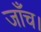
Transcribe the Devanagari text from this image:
जाँच।